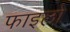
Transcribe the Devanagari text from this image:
फाइलो